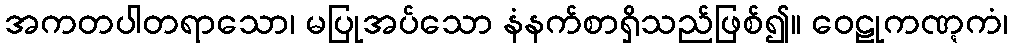
အကတပါတရာသော၊ မပြုအပ်သော နံနက်စာရှိသည်ဖြစ်၍။ ဝေဠုကဏ္ဋကံ၊